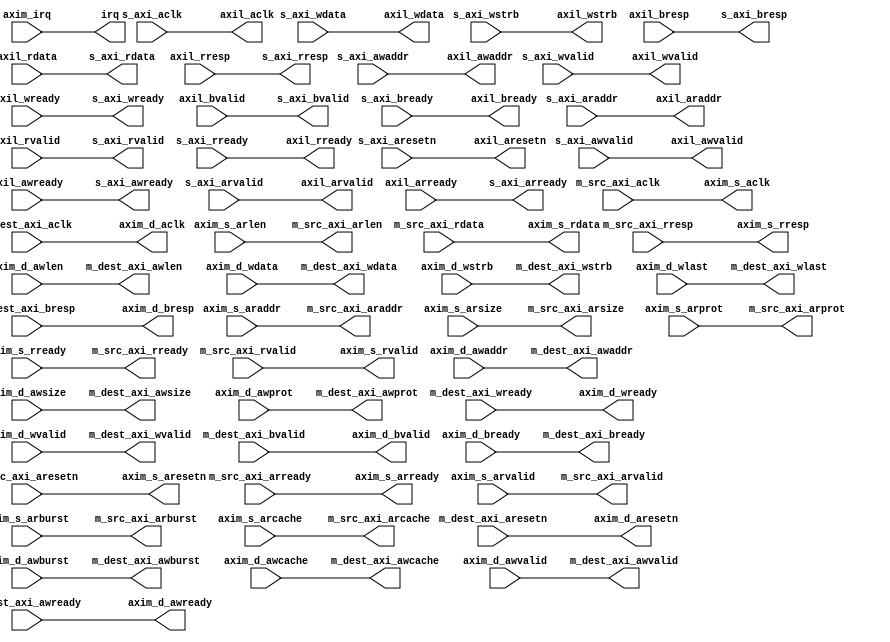
// ***************************************************************************
// ***************************************************************************
// Copyright 2011(c) Analog Devices, Inc.
// 
// All rights reserved.
// 
// Redistribution and use in source and binary forms, with or without modification,
// are permitted provided that the following conditions are met:
//     - Redistributions of source code must retain the above copyright
//       notice, this list of conditions and the following disclaimer.
//     - Redistributions in binary form must reproduce the above copyright
//       notice, this list of conditions and the following disclaimer in
//       the documentation and/or other materials provided with the
//       distribution.
//     - Neither the name of Analog Devices, Inc. nor the names of its
//       contributors may be used to endorse or promote products derived
//       from this software without specific prior written permission.
//     - The use of this software may or may not infringe the patent rights
//       of one or more patent holders.  This license does not release you
//       from the requirement that you obtain separate licenses from these
//       patent holders to use this software.
//     - Use of the software either in source or binary form, must be run
//       on or directly connected to an Analog Devices Inc. component.
//    
// THIS SOFTWARE IS PROVIDED BY ANALOG DEVICES "AS IS" AND ANY EXPRESS OR IMPLIED WARRANTIES,
// INCLUDING, BUT NOT LIMITED TO, NON-INFRINGEMENT, MERCHANTABILITY AND FITNESS FOR A
// PARTICULAR PURPOSE ARE DISCLAIMED.
//
// IN NO EVENT SHALL ANALOG DEVICES BE LIABLE FOR ANY DIRECT, INDIRECT, INCIDENTAL, SPECIAL,
// EXEMPLARY, OR CONSEQUENTIAL DAMAGES (INCLUDING, BUT NOT LIMITED TO, INTELLECTUAL PROPERTY
// RIGHTS, PROCUREMENT OF SUBSTITUTE GOODS OR SERVICES; LOSS OF USE, DATA, OR PROFITS; OR 
// BUSINESS INTERRUPTION) HOWEVER CAUSED AND ON ANY THEORY OF LIABILITY, WHETHER IN CONTRACT,
// STRICT LIABILITY, OR TORT (INCLUDING NEGLIGENCE OR OTHERWISE) ARISING IN ANY WAY OUT OF 
// THE USE OF THIS SOFTWARE, EVEN IF ADVISED OF THE POSSIBILITY OF SUCH DAMAGE.
// ***************************************************************************
// ***************************************************************************
// ***************************************************************************
// ***************************************************************************

`timescale 1ns/100ps

module axi_dma (

  // external interface

  axil_aclk,
  axil_aresetn,
  axil_awvalid,
  axil_awaddr,
  axil_awready,
  axil_wvalid,
  axil_wdata,
  axil_wstrb,
  axil_wready,
  axil_bvalid,
  axil_bresp,
  axil_bready,
  axil_arvalid,
  axil_araddr,
  axil_arready,
  axil_rvalid,
  axil_rdata,
  axil_rresp,
  axil_rready,

  // axi interface

  s_axi_aclk,
  s_axi_aresetn,
  s_axi_awvalid,
  s_axi_awaddr,
  s_axi_awready,
  s_axi_wvalid,
  s_axi_wdata,
  s_axi_wstrb,
  s_axi_wready,
  s_axi_bvalid,
  s_axi_bresp,
  s_axi_bready,
  s_axi_arvalid,
  s_axi_araddr,
  s_axi_arready,
  s_axi_rvalid,
  s_axi_rdata,
  s_axi_rresp,
  s_axi_rready,

  // AXIM (dest) interface

  axim_d_aclk,
  axim_d_aresetn,
  axim_d_awaddr,
  axim_d_awlen,
  axim_d_awsize,
  axim_d_awburst,
  axim_d_awprot,
  axim_d_awcache,
  axim_d_awvalid,
  axim_d_awready,
  axim_d_wdata,
  axim_d_wstrb,
  axim_d_wready,
  axim_d_wvalid,
  axim_d_wlast,
  axim_d_bvalid,
  axim_d_bresp,
  axim_d_bready,

  m_dest_axi_aclk,
  m_dest_axi_aresetn,
  m_dest_axi_awaddr,
  m_dest_axi_awlen,
  m_dest_axi_awsize,
  m_dest_axi_awburst,
  m_dest_axi_awprot,
  m_dest_axi_awcache,
  m_dest_axi_awvalid,
  m_dest_axi_awready,
  m_dest_axi_wdata,
  m_dest_axi_wstrb,
  m_dest_axi_wready,
  m_dest_axi_wvalid,
  m_dest_axi_wlast,
  m_dest_axi_bvalid,
  m_dest_axi_bresp,
  m_dest_axi_bready,

  // AXIM (src) interface

  axim_s_aclk,
  axim_s_aresetn,
  axim_s_arready,
  axim_s_arvalid,
  axim_s_araddr,
  axim_s_arlen,
  axim_s_arsize,
  axim_s_arburst,
  axim_s_arprot,
  axim_s_arcache,
  axim_s_rdata,
  axim_s_rready,
  axim_s_rvalid,
  axim_s_rresp,

  m_src_axi_aclk,
  m_src_axi_aresetn,
  m_src_axi_arready,
  m_src_axi_arvalid,
  m_src_axi_araddr,
  m_src_axi_arlen,
  m_src_axi_arsize,
  m_src_axi_arburst,
  m_src_axi_arprot,
  m_src_axi_arcache,
  m_src_axi_rdata,
  m_src_axi_rready,
  m_src_axi_rvalid,
  m_src_axi_rresp,

  // Interrupt

  irq,
  axim_irq);

  // parameters

  parameter   C_S_AXI_MIN_SIZE = 32'hffff;
  parameter   C_BASEADDR = 32'hffffffff;
  parameter   C_HIGHADDR = 32'h00000000;
  parameter   C_DMA_TYPE_DEST = 0;
  parameter   C_DMA_TYPE_SRC = 0;
  parameter   C_DMA_DATA_WIDTH_DEST = 64;
  parameter   C_DMA_DATA_WIDTH_SRC = 64;

  // external interface

  output                                  axil_aclk;
  output                                  axil_aresetn;
  output                                  axil_awvalid;
  output  [31:0]                          axil_awaddr;
  input                                   axil_awready;
  output                                  axil_wvalid;
  output  [31:0]                          axil_wdata;
  output  [ 3:0]                          axil_wstrb;
  input                                   axil_wready;
  input                                   axil_bvalid;
  input   [ 1:0]                          axil_bresp;
  output                                  axil_bready;
  output                                  axil_arvalid;
  output  [31:0]                          axil_araddr;
  input                                   axil_arready;
  input                                   axil_rvalid;
  input   [31:0]                          axil_rdata;
  input   [ 1:0]                          axil_rresp;
  output                                  axil_rready;

  // axi interface

  input                                   s_axi_aclk;
  input                                   s_axi_aresetn;
  input                                   s_axi_awvalid;
  input   [31:0]                          s_axi_awaddr;
  output                                  s_axi_awready;
  input                                   s_axi_wvalid;
  input   [31:0]                          s_axi_wdata;
  input   [ 3:0]                          s_axi_wstrb;
  output                                  s_axi_wready;
  output                                  s_axi_bvalid;
  output  [ 1:0]                          s_axi_bresp;
  input                                   s_axi_bready;
  input                                   s_axi_arvalid;
  input   [31:0]                          s_axi_araddr;
  output                                  s_axi_arready;
  output                                  s_axi_rvalid;
  output  [31:0]                          s_axi_rdata;
  output  [ 1:0]                          s_axi_rresp;
  input                                   s_axi_rready;

  // AXIM (dest) interface

  output                                  axim_d_aclk;
  output                                  axim_d_aresetn;
  input  [31:0]                           axim_d_awaddr;
  input  [ 7:0]                           axim_d_awlen;
  input  [ 2:0]                           axim_d_awsize;
  input  [ 1:0]                           axim_d_awburst;
  input  [ 2:0]                           axim_d_awprot;
  input  [ 3:0]                           axim_d_awcache;
  input                                   axim_d_awvalid;
  output                                  axim_d_awready;
  input  [C_DMA_DATA_WIDTH_DEST-1:0]      axim_d_wdata;
  input  [(C_DMA_DATA_WIDTH_DEST/8)-1:0]  axim_d_wstrb;
  output                                  axim_d_wready;
  input                                   axim_d_wvalid;
  input                                   axim_d_wlast;
  output                                  axim_d_bvalid;
  output [ 1:0]                           axim_d_bresp;
  input                                   axim_d_bready;

  input                                   m_dest_axi_aclk;
  input                                   m_dest_axi_aresetn;
  output [31:0]                           m_dest_axi_awaddr;
  output [ 7:0]                           m_dest_axi_awlen;
  output [ 2:0]                           m_dest_axi_awsize;
  output [ 1:0]                           m_dest_axi_awburst;
  output [ 2:0]                           m_dest_axi_awprot;
  output [ 3:0]                           m_dest_axi_awcache;
  output                                  m_dest_axi_awvalid;
  input                                   m_dest_axi_awready;
  output [C_DMA_DATA_WIDTH_DEST-1:0]      m_dest_axi_wdata;
  output [(C_DMA_DATA_WIDTH_DEST/8)-1:0]  m_dest_axi_wstrb;
  input                                   m_dest_axi_wready;
  output                                  m_dest_axi_wvalid;
  output                                  m_dest_axi_wlast;
  input                                   m_dest_axi_bvalid;
  input  [ 1:0]                           m_dest_axi_bresp;
  output                                  m_dest_axi_bready;

  // AXIM (src) interface

  output                                  axim_s_aclk;
  output                                  axim_s_aresetn;
  output                                  axim_s_arready;
  input                                   axim_s_arvalid;
  input  [31:0]                           axim_s_araddr;
  input  [ 7:0]                           axim_s_arlen;
  input  [ 2:0]                           axim_s_arsize;
  input  [ 1:0]                           axim_s_arburst;
  input  [ 2:0]                           axim_s_arprot;
  input  [ 3:0]                           axim_s_arcache;
  output [C_DMA_DATA_WIDTH_SRC-1:0]       axim_s_rdata;
  input                                   axim_s_rready;
  output                                  axim_s_rvalid;
  output [ 1:0]                           axim_s_rresp;

  input                                   m_src_axi_aclk;
  input                                   m_src_axi_aresetn;
  input                                   m_src_axi_arready;
  output                                  m_src_axi_arvalid;
  output [31:0]                           m_src_axi_araddr;
  output [ 7:0]                           m_src_axi_arlen;
  output [ 2:0]                           m_src_axi_arsize;
  output [ 1:0]                           m_src_axi_arburst;
  output [ 2:0]                           m_src_axi_arprot;
  output [ 3:0]                           m_src_axi_arcache;
  input  [C_DMA_DATA_WIDTH_SRC-1:0]       m_src_axi_rdata;
  output                                  m_src_axi_rready;
  input                                   m_src_axi_rvalid;
  input  [ 1:0]                           m_src_axi_rresp;

  // Interrupt

  input                                   axim_irq;
  output                                  irq;

  // assignments (axil)

  assign axil_aclk = s_axi_aclk;
  assign axil_aresetn = s_axi_aresetn;
  assign axil_awvalid = s_axi_awvalid;
  assign axil_awaddr = s_axi_awaddr;
  assign axil_wvalid = s_axi_wvalid;
  assign axil_wdata = s_axi_wdata;
  assign axil_wstrb = s_axi_wstrb;
  assign axil_bready = s_axi_bready;
  assign axil_arvalid = s_axi_arvalid;
  assign axil_araddr = s_axi_araddr;
  assign axil_rready = s_axi_rready;

  assign s_axi_awready = axil_awready;
  assign s_axi_wready = axil_wready;
  assign s_axi_bvalid = axil_bvalid;
  assign s_axi_bresp = axil_bresp;
  assign s_axi_arready = axil_arready;
  assign s_axi_rvalid = axil_rvalid;
  assign s_axi_rdata = axil_rdata;
  assign s_axi_rresp = axil_rresp;

  // assignments (axim-dest)

  assign axim_d_aclk = m_dest_axi_aclk;
  assign axim_d_aresetn = m_dest_axi_aresetn;
  assign axim_d_awready = m_dest_axi_awready;
  assign axim_d_wready = m_dest_axi_wready;
  assign axim_d_bresp = m_dest_axi_bresp;
  assign axim_d_bvalid = m_dest_axi_bvalid;

  assign m_dest_axi_awaddr = axim_d_awaddr;
  assign m_dest_axi_awlen = axim_d_awlen;
  assign m_dest_axi_awsize = axim_d_awsize;
  assign m_dest_axi_awburst = axim_d_awburst; 
  assign m_dest_axi_awprot = axim_d_awprot;
  assign m_dest_axi_awcache = axim_d_awcache; 
  assign m_dest_axi_awvalid = axim_d_awvalid; 
  assign m_dest_axi_wdata = axim_d_wdata;
  assign m_dest_axi_wstrb = axim_d_wstrb;
  assign m_dest_axi_wvalid = axim_d_wvalid;
  assign m_dest_axi_wlast = axim_d_wlast;
  assign m_dest_axi_bready = axim_d_bready;

  // assignments (axim-src)

  assign axim_s_aclk = m_src_axi_aclk;
  assign axim_s_aresetn = m_src_axi_aresetn;
  assign axim_s_arready = m_src_axi_arready;
  assign axim_s_rresp = m_src_axi_rresp;
  assign axim_s_rdata = m_src_axi_rdata;
  assign axim_s_rvalid = m_src_axi_rvalid;

  assign m_src_axi_araddr = axim_s_araddr;
  assign m_src_axi_arlen = axim_s_arlen;
  assign m_src_axi_arsize = axim_s_arsize;
  assign m_src_axi_arburst = axim_s_arburst; 
  assign m_src_axi_arprot = axim_s_arprot;
  assign m_src_axi_arcache = axim_s_arcache; 
  assign m_src_axi_arvalid = axim_s_arvalid; 
  assign m_src_axi_rready = axim_s_rready;

  // assignments (irq)

  assign irq = axim_irq;

endmodule

// ***************************************************************************
// ***************************************************************************